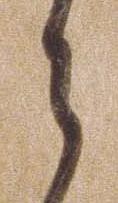
ら